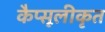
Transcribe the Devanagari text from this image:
कैप्सूलीकृत